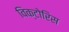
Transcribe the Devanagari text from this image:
विक्टोरिस